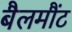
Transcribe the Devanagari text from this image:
बैलमौंट